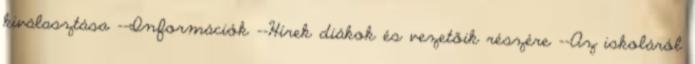
kiválasztása --Információk --Hírek diákok és vezetőik részére --Az iskoláról